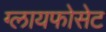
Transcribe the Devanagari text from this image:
ग्लायफोसेट